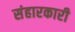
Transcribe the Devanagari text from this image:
संहारकारी